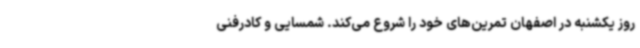
روز یکشنبه در اصفهان تمرین‌های خود را شروع می‌کند. شمسایی و کادرفنی